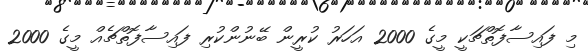
މި ފައިސާފޮތްޗަކީ މީގެ 2000 އަހަރު ކުރީން ބޭނުންކުރި ފައިސާފޮތްޗެއް މީީގެ 2000